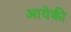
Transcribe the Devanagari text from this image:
आयेकी